Black-water fever - Number 35
Disease focus: Fever
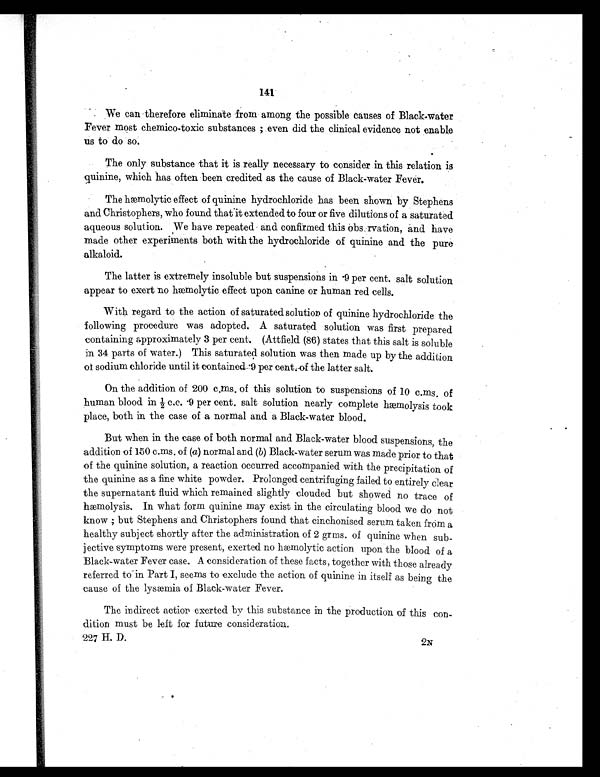
141
We can therefore eliminate from among the possible causes of Black-water
Fever most chemico-toxic substances ; even did the clinical evidence not enable
us to do so.
The only substance that it is really necessary to consider in this relation is
quinine, which has often been credited as the cause of Black-water Fever.
The hæmolytic effect of quinine hydrochloride has been shown by Stephens
and Christophers, who found that it extended to four or five dilutions of a saturated
aqueous solution. We have repeated and confirmed this Obs rvation, and have
made other experiments both with the hydrochloride of quinine and the pure
alkaloid.
The latter is extremely insoluble but suspensions in .9 per cent. salt solution
appear to exert no hæmolytic effect upon canine or human red cells.
With regard to the action of saturated solution of quinine hydrochloride the
following procedure was adopted. A saturated solution was first prepared
containing approximately 3 per cent. (Attfield (86) states that this salt is soluble
in 34 parts of water.) This saturated solution was then made up by the addition
of sodium chloride until it contained .9 per cent.of the latter salt.
On the addition of 200 c.ms. of this solution to suspensions of 10 c.ms, of
human bl ood i n ½ c. c. . 9 per cent , sal t sol ut i on nearl y compl et e hæmol ysi s t ook
place, both in the case of a normal and a Black-water blood.
But when in the case of both normal and Black-water blood suspensions, the
addition of 150 c.ms. of (a) normal and (b) Black-water serum was made prior to that
of the quinine solution, a reaction occurred accompanied with the precipitation of
the quinine as a fine white powder. Prolonged centrifuging failed to entirely clear
the supernatant fluid which remained slightly clouded but showed no trace of
hæmolysis. In what form quinine may exist in the circulating blood we do not
know ; but Stephens and Christophers found that cinchonised serum taken from a
healthy subject shortly after the administration of 2 grms. of quinine when sub-
jective symptoms were present, exerted no hæmolytic action upon the blood of a
Black-water Fever case. A consideration of these facts, together with those already
referred to in Part I, seems to exclude the action of quinine in itself as being the
cause of the lysæmia of Black-water Fever.
The indirect action exerted by this substance in the production of this con-
dition must be left for future consideration.
227 H. D.
2N